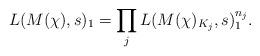
LaTeX: \begin{align*} L( M(\chi), s)_{1}= \prod_{j}L( M(\chi)_{K_{j}}, s)_{1}^{n_{j}}.\end{align*}